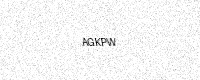
Text: AGKPW